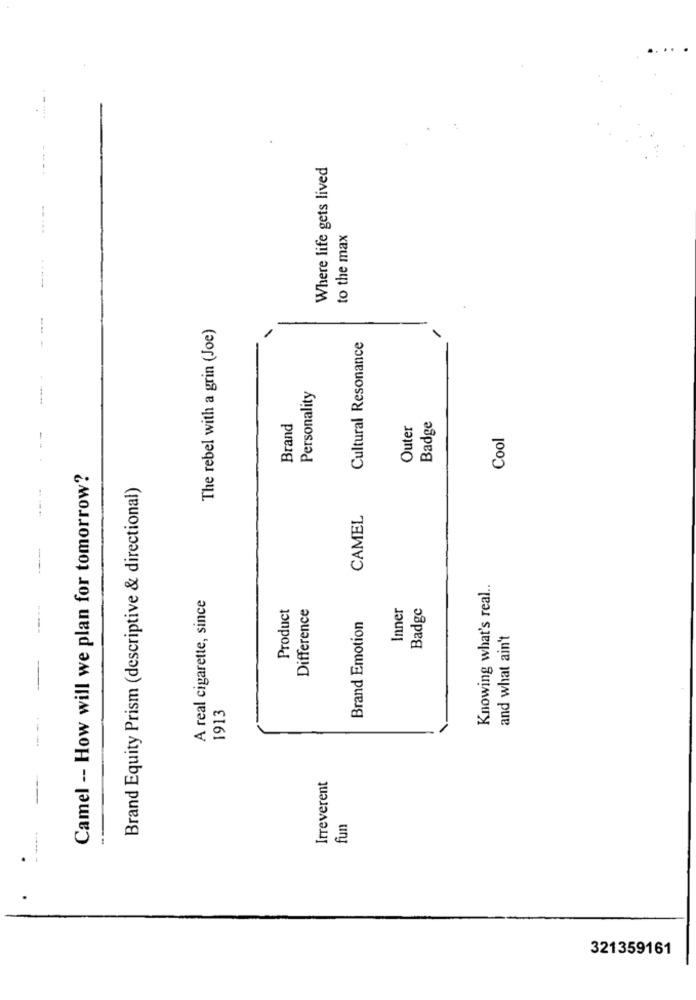
Where life gets lived
.....
to the max
The rebel with a grin (Joe)
Cultural Resonance
Personality
Brand
Outer
Badge
Cool
Camel -- How will we plan for tomorrow?
Brand Equity Prism (descriptive & directional)
CAMEL
Knowing what's real.
A real cigarette, since
Difference
Inner
Badge
Product
Brand Emotion
and what ain't
1913
Irreverent
----
fun
321359161